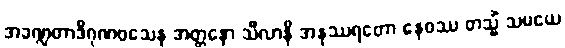
အခဏ္ဍတာဒိဂုဏဝသေန အတ္တနော သီလာနိ အနုဿရတော နေဝဿ တသ္မိံ သမယေ